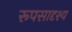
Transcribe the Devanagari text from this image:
रूपसादृश्य